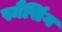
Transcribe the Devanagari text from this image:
स्मैसिंग